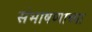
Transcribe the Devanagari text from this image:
संभाषणाच्या